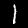
Digit: 1